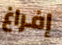
إفراغ